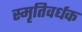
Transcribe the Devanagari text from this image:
स्मृतिवर्धक